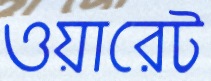
ওয়ারেট